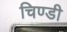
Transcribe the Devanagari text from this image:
चिण्डी